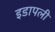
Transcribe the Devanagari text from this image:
इडापली